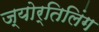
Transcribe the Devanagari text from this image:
ज्योर्तिलिंग